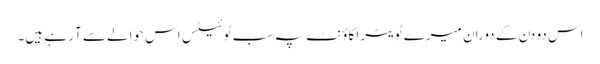
اس دو دن کے دوران میرے ٹویٹر اکاؤنٹ پہ سب ٹوئیٹس اس حوالے سے آ رہے ہیں۔